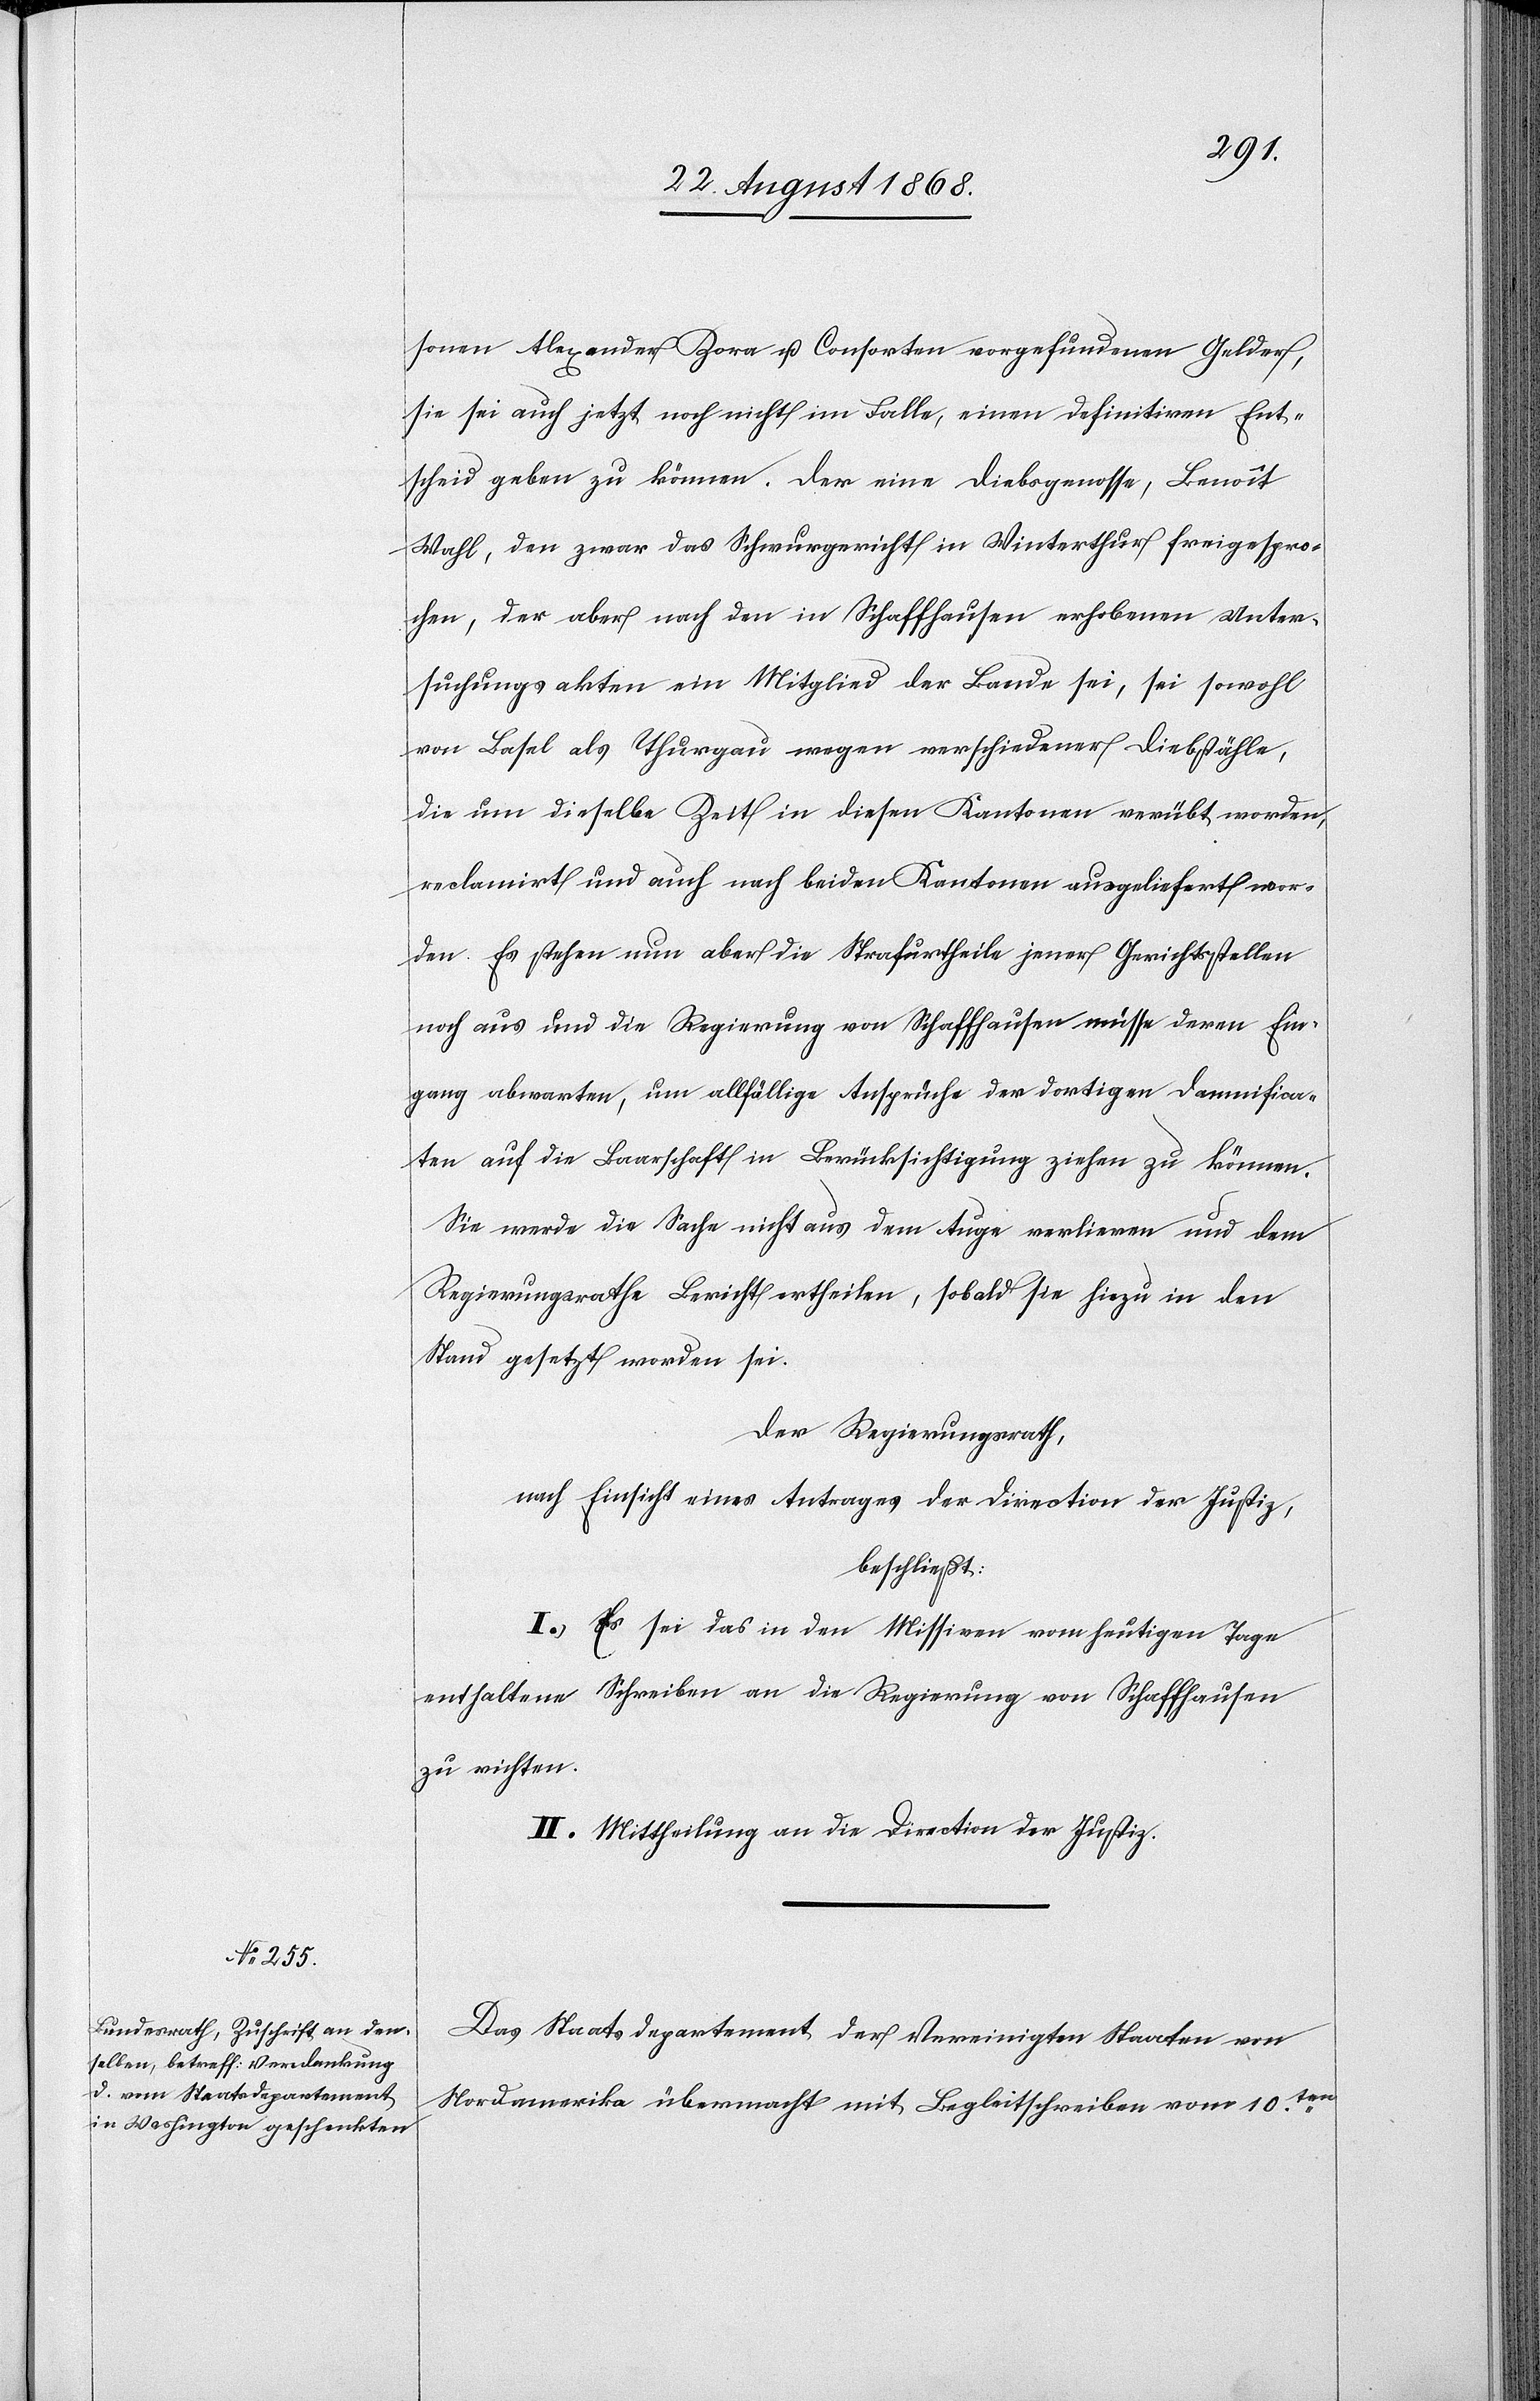
sonen Alexander Zora u. Consorten vorgefundenen Gelder,
sie sei auch jetzt noch nicht im Falle, einen definitiven Ent¬
scheid geben zu können. Der eine Diebsgenosse, Benoît
Wahl, den zwar das Schwurgericht in Winterthur freigespro¬
chen, der aber nach den in Schaffhausen erhobenen Unter¬
suchungsakten ein Mitglied der Bande sei, sei sowohl
von Basel als Thurgau wegen verschiedener Diebstähle,
die um dieselbe Zeit in diesen Kantonen verübt worden,
reclamirt und auch nach beiden Kantonen ausgeliefert wor¬
den. Es stehen nun aber die Strafurtheile jener Gerichtsstellen
noch aus und die Regierung von Schaffhausen müsse deren Ein¬
gang abwarten, um allfällige Ansprüche der dortigen Damnifica¬
ten auf die Baarschaft in Berücksichtigung ziehen zu können.
Sie werde die Sache nicht aus dem Auge verlieren und dem
Regierungsrathe Bericht ertheilen, sobald sie hiezu in den
Stand gesetzt worden sei.
Der Regierungsrath,
nach Einsicht eines Antrages der Direction der Justiz,
beschließt:
I. Es sei das in den Missiven vom heutigen Tage
enthaltene Schreiben an die Regierung von Schaffhausen
zu richten.
II. Mittheilung an die Direction der Justiz.
Das Staatsdepartement der Vereinigten Staaten von
Nordamerika übermacht mit Begleitschreiben vom 10ten.